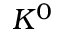
K ^ { 0 }